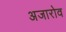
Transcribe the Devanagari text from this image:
अजारोव